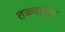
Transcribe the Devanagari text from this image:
तळ्यातून